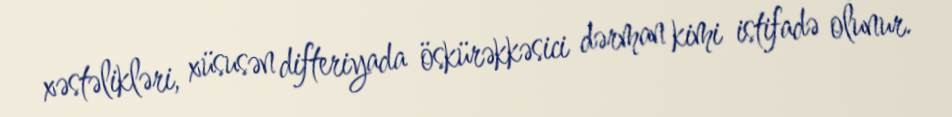
xəstəlikləri, xüsusən difteriyada öskürəkkəsici dərman kimi istifadə olunur.